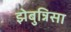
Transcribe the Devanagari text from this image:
झेबुन्निसा